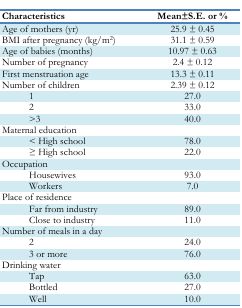
| Characteristics | Mean±S.E. or % |
 | --- | --- |
 | Age of mothers (yr) | 25.9 ± 0.45 |
 | BMI after pregnancy (kg/m2) | 31.1 ± 0.59 |
 | Age of babies (months) | 10.97 ± 0.63 |
 | Number of pregnancy | 2.4 ± 0.12 |
 | First menstruation age | 13.3 ± 0.11 |
 | Number of children | 2.39 ± 0.12 |
 | 1 | 27.0 |
 | 2 | 33.0 |
 | >3 | 40.0 |
 | Maternal education |  |
 | < High school | 78.0 |
 | ≥ High school | 22.0 |
 | Occupation |  |
 | Housewives | 93.0 |
 | Workers | 7.0 |
 | Place of residence |  |
 | Far from industry | 89.0 |
 | Close to industry | 11.0 |
 | Number of meals in a day |  |
 | 2 | 24.0 |
 | 3 or more | 76.0 |
 | Drinking water |  |
 | Tap | 63.0 |
 | Bottled | 27.0 |
 | Well | 10.0 |